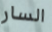
السار